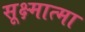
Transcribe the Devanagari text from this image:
सूक्ष्मात्मा